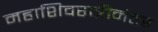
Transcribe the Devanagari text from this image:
महाशिवरात्रीनंतर